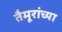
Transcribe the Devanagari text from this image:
तैमूरांच्या